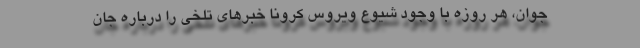
جوان، هر روزه با وجود شیوع ویروس کرونا خبر‌های تلخی را درباره جان